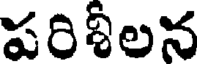
పరిశీలన